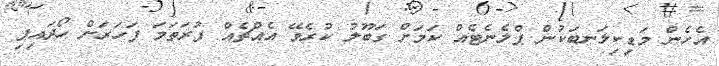
އެހެން މަޑިކިލަނބަކުން ޕްލެނެޓެއް ކަމަށް ގަބޫލު ކުރެވޭ އެއްޗެއް ފުރަތަމަ ފަހަރަށް ހޯދައިފި